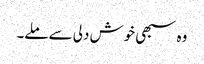
وہ سبھی خوش دلی سے ملے۔